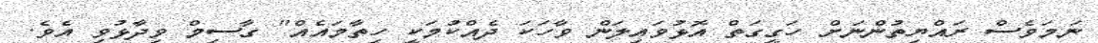
ނަމަވެސް ރައްޔިތުންނަށް ހަގީގަތް އޮޅުވައިލަން ވާހަކަ ދެއްކުމަކީ ހިތާމައެއް" ގާސިމް ވިދާޅުވި އެވެ.